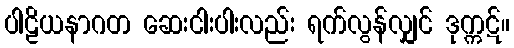
ပါဠိယနာဂတ ဆေးငါးပါးလည်း ရက်လွန်လျှင် ဒုက္ကဋ်။